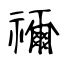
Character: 禰